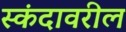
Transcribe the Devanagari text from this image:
स्कंदावरील